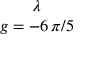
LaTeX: \begin{array} { c } { { \lambda } } \\ { { g = - 6 \, \pi / 5 } } \end{array}